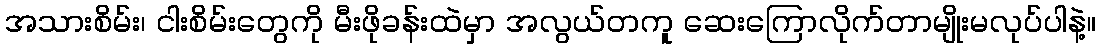
အသားစိမ်း၊ ငါးစိမ်းတွေကို မီးဖိုခန်းထဲမှာ အလွယ်တကူ ဆေးကြောလိုက်တာမျိုးမလုပ်ပါနဲ့။